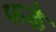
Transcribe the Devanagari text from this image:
फके